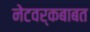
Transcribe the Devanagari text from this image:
नेटवर्कबाबत